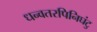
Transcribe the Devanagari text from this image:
धन्वतरपिनिघंटु